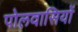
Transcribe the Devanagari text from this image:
पोलवासियों